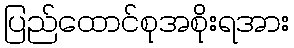
ပြည်ထောင်စုအစိုးရအား